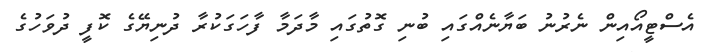
އެސްޓީއޯއިން ނެރުނު ބަޔާނެއްގައި ބުނި ގޮތުގައި މާދަމާ ފާހަގަކުރާ ދުނިޔޭގެ ކޮފީ ދުވަހުގެ